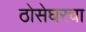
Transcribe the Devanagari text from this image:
ठोसेघरचा